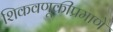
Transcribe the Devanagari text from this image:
शिकवणूकीप्रमाणे